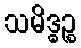
သမိဒ္ဓဉ္စ